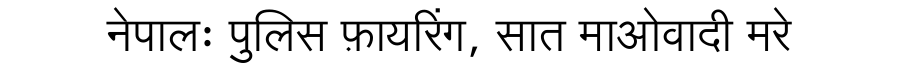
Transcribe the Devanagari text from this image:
नेपालः पुलिस फ़ायरिंग, सात माओवादी मरे